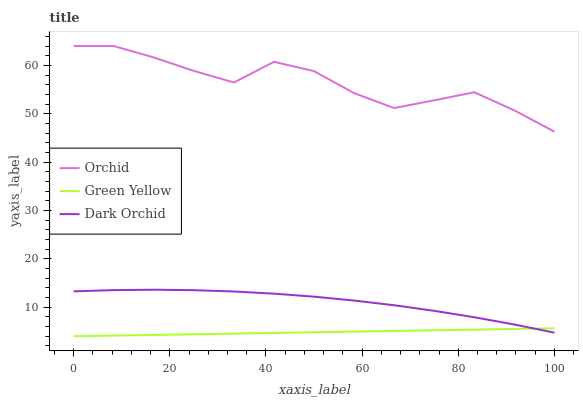
| xaxis_label | Orchid | Green Yellow | Dark Orchid |
 | --- | --- | --- | --- |
 | 0 | 64 | 4 | 13.3 |
 | 8.33 | 64 | 4.14 | 13.5 |
 | 16.7 | 61.6 | 4.27 | 13.6 |
 | 25 | 58.9 | 4.41 | 13.5 |
 | 33.3 | 56.5 | 4.55 | 13.3 |
 | 41.7 | 60.7 | 4.69 | 12.8 |
 | 50 | 58.8 | 4.82 | 12.2 |
 | 58.3 | 54.3 | 4.96 | 11.4 |
 | 66.7 | 51.2 | 5.1 | 10.4 |
 | 75 | 52.8 | 5.23 | 9.26 |
 | 83.3 | 54.4 | 5.37 | 7.93 |
 | 91.7 | 50.7 | 5.51 | 6.42 |
 | 100 | 46.3 | 5.65 | 4.74 |